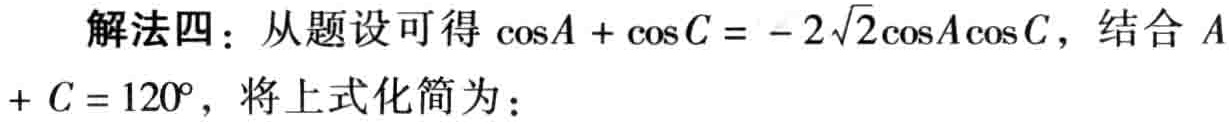
解法四：从题设可得\(\cos A + \cos C = - 2\sqrt{2}\cos A\cos C\)，结合\(A + C = 120^{\circ}\)，将上式化简为：